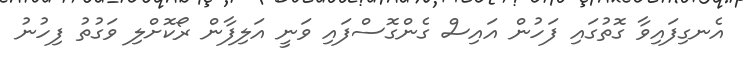
އެނގިފައިވާ ގޮތުގައި ފަހުން އައިސް ގެންގޮސްފައި ވަނީ އަލިފާން ރޯކޮށްލި ވަގުތު ފިހުނު